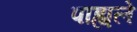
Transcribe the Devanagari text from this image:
पाह्यले